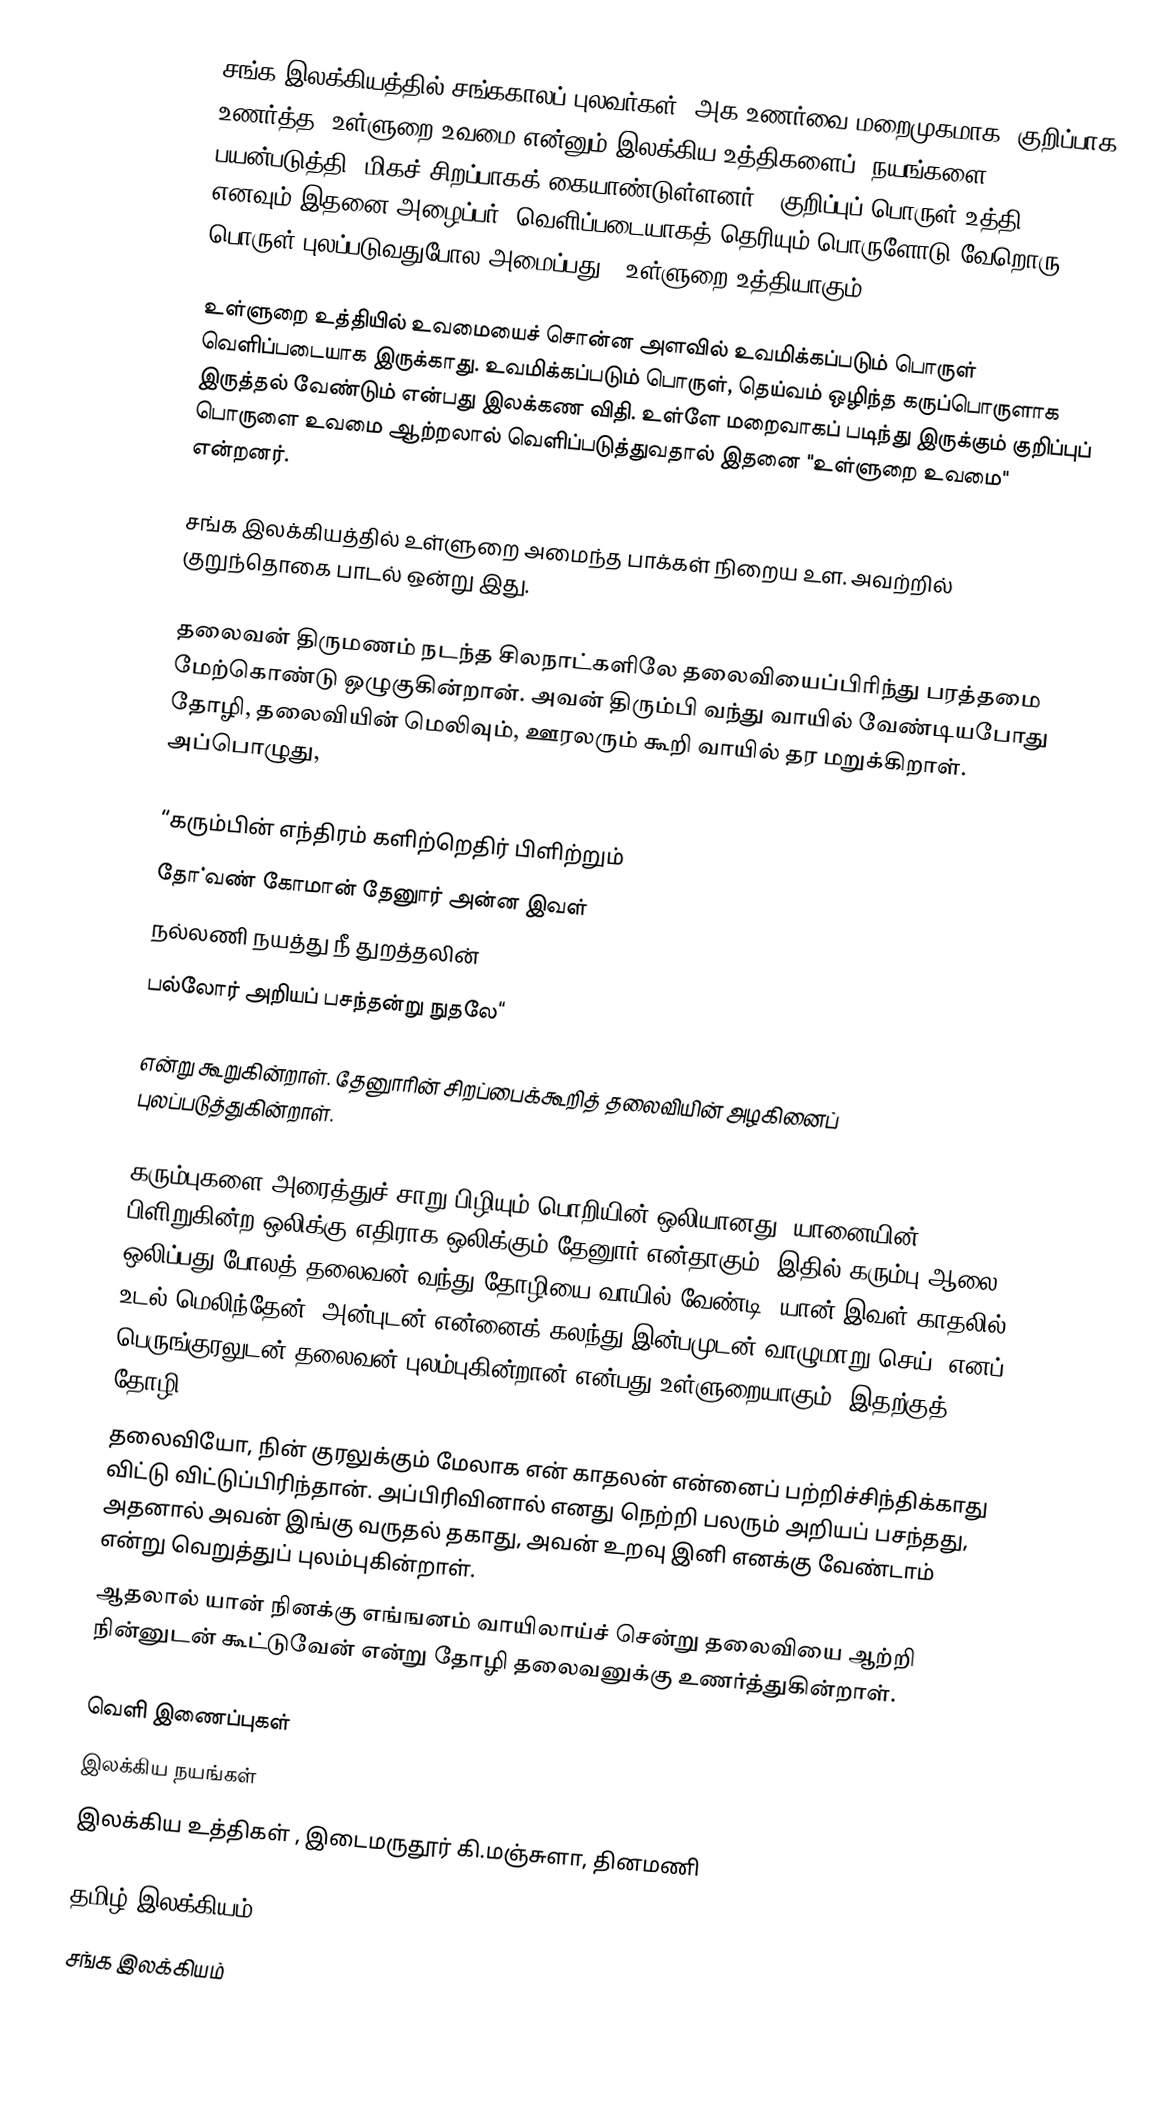
சங்க இலக்கியத்தில் சங்ககாலப் புலவர்கள், அக உணர்வை மறைமுகமாக, குறிப்பாக உணர்த்த, உள்ளுறை உவமை என்னும் இலக்கிய உத்திகளைப் (நயங்களை) பயன்படுத்தி, மிகச் சிறப்பாகக் கையாண்டுள்ளனர். "குறிப்புப் பொருள் உத்தி" எனவும் இதனை அழைப்பர். வெளிப்படையாகத் தெரியும் பொருளோடு வேறொரு பொருள் புலப்படுவதுபோல அமைப்பது - உள்ளுறை உத்தியாகும்.

உள்ளுறை உத்தியில் உவமையைச் சொன்ன அளவில் உவமிக்கப்படும் பொருள் வெளிப்படையாக இருக்காது. உவமிக்கப்படும் பொருள், தெய்வம் ஒழிந்த கருப்பொருளாக இருத்தல் வேண்டும் என்பது இலக்கண விதி. உள்ளே மறைவாகப் படிந்து இருக்கும் குறிப்புப் பொருளை உவமை ஆற்றலால் வெளிப்படுத்துவதால் இதனை "உள்ளுறை உவமை" என்றனர்.

சங்க இலக்கியத்தில் உள்ளுறை அமைந்த பாக்கள் நிறைய உள. அவற்றில் குறுந்தொகை பாடல் ஒன்று இது.

தலைவன் திருமணம் நடந்த சிலநாட்களிலே தலைவியைப்பிரிந்து பரத்தமை மேற்கொண்டு ஒழுகுகின்றான். அவன் திரும்பி வந்து வாயில் வேண்டியபோது தோழி, தலைவியின் மெலிவும், ஊரலரும் கூறி வாயில் தர மறுக்கிறாள். அப்பொழுது,

“கரும்பின் எந்திரம் களிற்றெதிர் பிளிற்றும்
தோ்வண் கோமான் தேனுார் அன்ன இவள்
நல்லணி நயத்து நீ துறத்தலின்
பல்லோர் அறியப் பசந்தன்று நுதலே“

என்று கூறுகின்றாள். தேனுாரின் சிறப்பைக்கூறித் தலைவியின் அழகினைப் புலப்படுத்துகின்றாள்.

கரும்புகளை அரைத்துச் சாறு பிழியும் பொறியின் ஒலியானது, யானையின் பிளிறுகின்ற ஒலிக்கு எதிராக ஒலிக்கும் தேனுார் என்தாகும். இதில் கரும்பு ஆலை ஒலிப்பது போலத் தலைவன் வந்து தோழியை வாயில் வேண்டி “யான் இவள் காதலில் உடல் மெலிந்தேன், அன்புடன் என்னைக் கலந்து இன்பமுடன் வாழுமாறு செய்“ எனப் பெருங்குரலுடன் தலைவன் புலம்புகின்றான் என்பது உள்ளுறையாகும். இதற்குத் தோழி,
தலைவியோ, நின் குரலுக்கும் மேலாக என் காதலன் என்னைப் பற்றிச்சிந்திக்காது விட்டு விட்டுப்பிரிந்தான். அப்பிரிவினால் எனது நெற்றி பலரும் அறியப் பசந்தது, அதனால் அவன் இங்கு வருதல் தகாது, அவன் உறவு இனி எனக்கு வேண்டாம் என்று வெறுத்துப் புலம்புகின்றாள்.
ஆதலால் யான் நினக்கு எங்ஙனம் வாயிலாய்ச் சென்று தலைவியை ஆற்றி நின்னுடன் கூட்டுவேன் என்று தோழி தலைவனுக்கு உணர்த்துகின்றாள்.

வெளி இணைப்புகள்
இலக்கிய நயங்கள்
இலக்கிய உத்திகள் , இடைமருதூர் கி.மஞ்சுளா, தினமணி

தமிழ் இலக்கியம்
சங்க இலக்கியம்